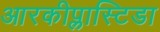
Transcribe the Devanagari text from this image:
आरकीप्लास्टिडा